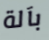
بآلة